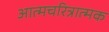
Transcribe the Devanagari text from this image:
अात्मचरित्रात्मक